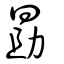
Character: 勗